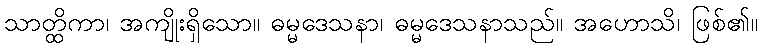
သာတ္ထိကာ၊ အကျိုးရှိသော။ ဓမ္မဒေသနာ၊ ဓမ္မဒေသနာသည်။ အဟောသိ၊ ဖြစ်၏။